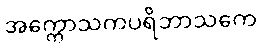
အက္ကောသကပရိဘာသကေ